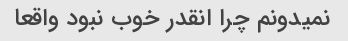
نمیدونم چرا انقدر خوب نبود واقعا